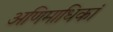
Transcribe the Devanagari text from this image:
अणिमाधिकां